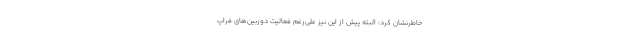
خاطرنشان کرد: البته پیش از این نیز علی‌رغم فعالیت دوربین‌های فراپ